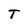
Character: T